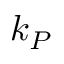
k _ { P }